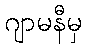
ဂျာမနီမှ